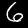
Digit: 6